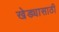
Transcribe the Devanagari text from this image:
खेड्यासाठी